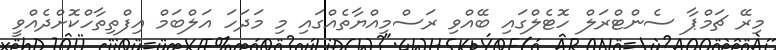
މިރޭ ޗަމްޕާ ސެންޓްރަލް ހޮޓެލްގައި ބޭއްވި ރަސްމިއްޔާތެއްގައި މި މަދަހަ އަލްބަމް އިފްތިތާހްކޮށްދެއްވީ